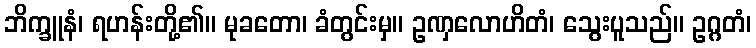
ဘိက္ခူနံ၊ ရဟန်းတို့၏။ မုခတော၊ ခံတွင်းမှ။ ဥဏှလောဟိတံ၊ သွေးပူသည်။ ဥဂ္ဂတံ၊